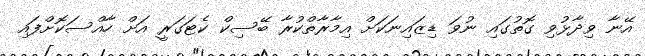
އޭނާ ވިދާޅުވި ގޮތުގައި ނުވަ ޑިޒައިނަކަށް އިމާރާތްކުރާ ބޭސިކް ކެޓަގަރީ އަށް ހާއްސަކޮށްފައި